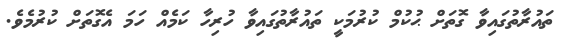
ތައުރާތުގައިވާ ގޮތަށް ޙުކުމް ކުރުމަކީ ތައުރާތުގައިވާ ހުރިހާ ކަމެއް ހަމަ އެގޮތަށް ކުރުމެވެ.